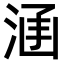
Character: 𣵊